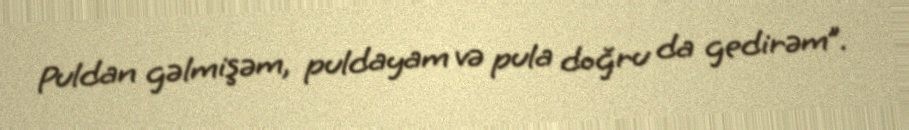
Puldan gəlmişəm, puldayam və pula doğru da gedirəm”.